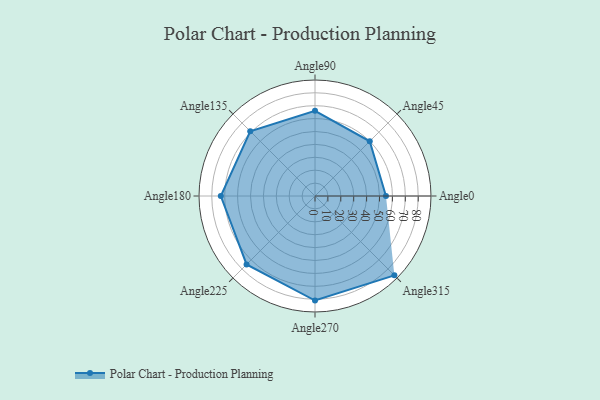
{"axis": {"x": "Angle", "y": "Radius"}, "legend": [""], "data": [{"x": "Angle0", "y": 55.0, "type": ""}, {"x": "Angle45", "y": 60.0, "type": ""}, {"x": "Angle90", "y": 66.0, "type": ""}, {"x": "Angle135", "y": 71.0, "type": ""}, {"x": "Angle180", "y": 73.0, "type": ""}, {"x": "Angle225", "y": 75.0, "type": ""}, {"x": "Angle270", "y": 81.0, "type": ""}, {"x": "Angle315", "y": 87.0, "type": ""}]}